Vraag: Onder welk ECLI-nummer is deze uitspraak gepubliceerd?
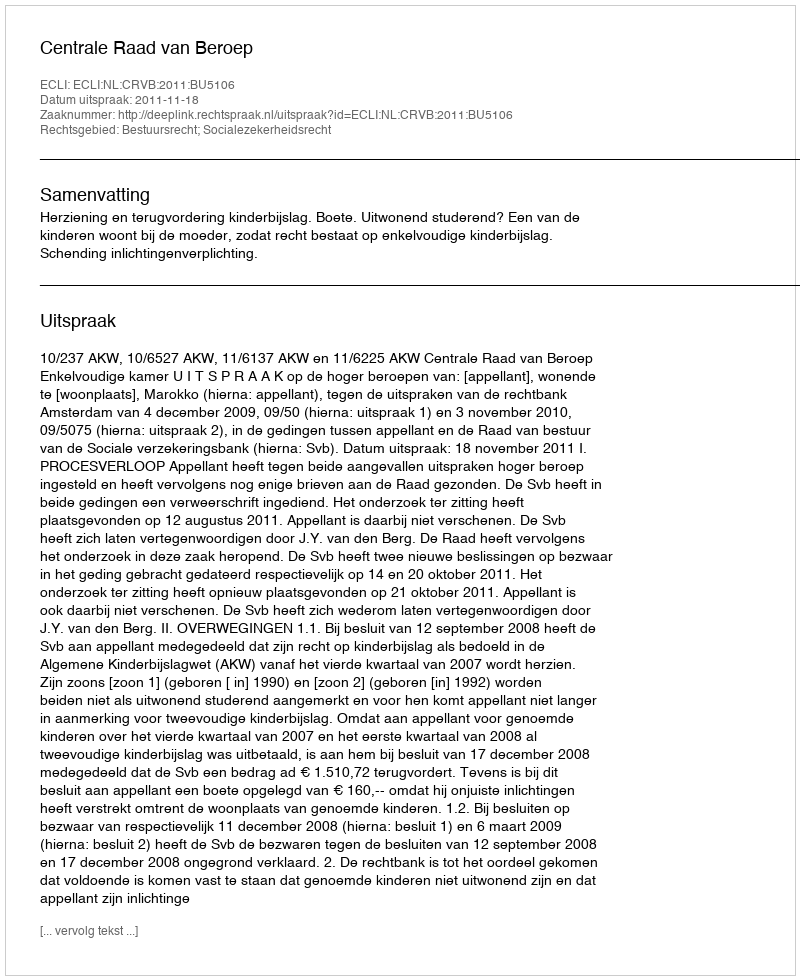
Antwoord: ECLI:NL:CRVB:2011:BU5106